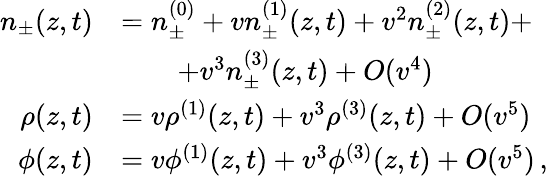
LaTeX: \begin{array}{rl}{n_{\pm}(z,t)}&{=n_{\pm}^{(0)}+vn_{\pm}^{(1)}(z,t)+v^{2}n_{\pm}^{(2)}(z,t)+}\\ &{\quad\quad+v^{3}n_{\pm}^{(3)}(z,t)+O(v^{4})}\\ {\rho(z,t)}&{=v\rho^{(1)}(z,t)+v^{3}\rho^{(3)}(z,t)+O(v^{5})}\\ {\phi(z,t)}&{=v\phi^{(1)}(z,t)+v^{3}\phi^{(3)}(z,t)+O(v^{5})\, ,}\end{array}